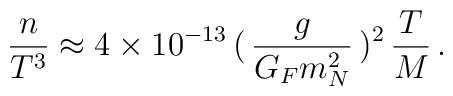
\frac{n}{T^{3}} \approx  4\times 10^{-13}\,(\,\frac{g}{G_{F}m_{N}^{2}}\,)^{2}\,\frac{T}{M} \,.